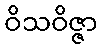
ဝိသဝိဇ္ဇာ